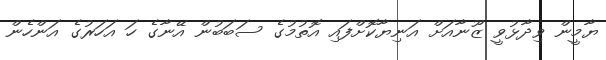
ޔާމީން ވިދާޅުވީ ޒޫނާއަށް އަނިޔާކޮށްފައި އޮތުމުގެ ސަބަބުން އޭނާގެ ހަ އަހަރުގެ އަންހެން